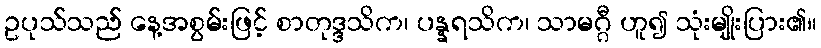
ဥပုသ်သည် နေ့အစွမ်းဖြင့် စာတုဒ္ဒသိက၊ ပန္နရသိက၊ သာမဂ္ဂီ ဟူ၍ သုံးမျိုးပြား၏။